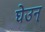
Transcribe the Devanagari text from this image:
घेउन्